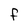
Character: F